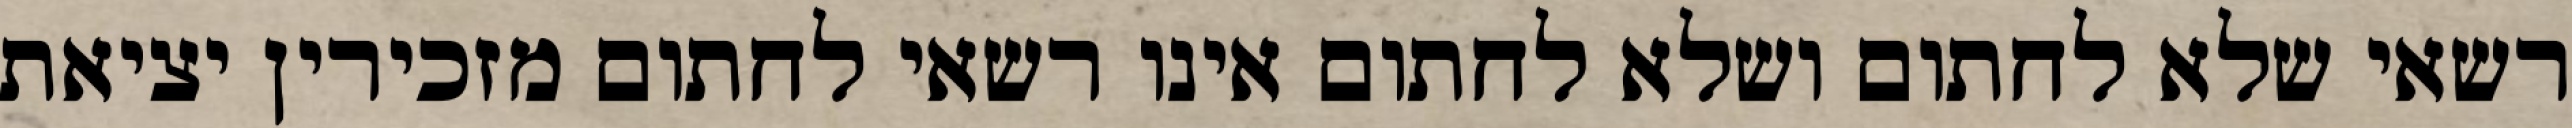
רשאי שלא לחתום ושלא לחתום אינו רשאי לחתום מזכירין יציאת